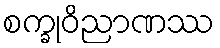
စက္ခုဝိညာဏဿ